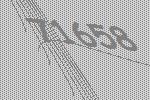
71658